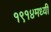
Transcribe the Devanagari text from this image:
१९१४मध्यी